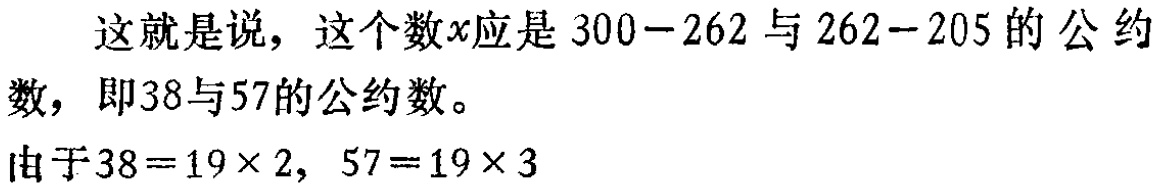
这就是说，这个数\(x\)应是 \(300 - 262\) 与 \(262 - 205\) 的公约数，即38与57的公约数。

由于\(38 = 19\times 2\)，\(57 = 19\times 3\)